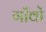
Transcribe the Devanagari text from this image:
गॉंवों